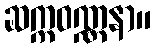
ဆက္ကဝဏ္ဏနာ။